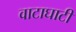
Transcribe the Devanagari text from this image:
वाटाघाटीं